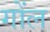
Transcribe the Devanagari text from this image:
गोंल